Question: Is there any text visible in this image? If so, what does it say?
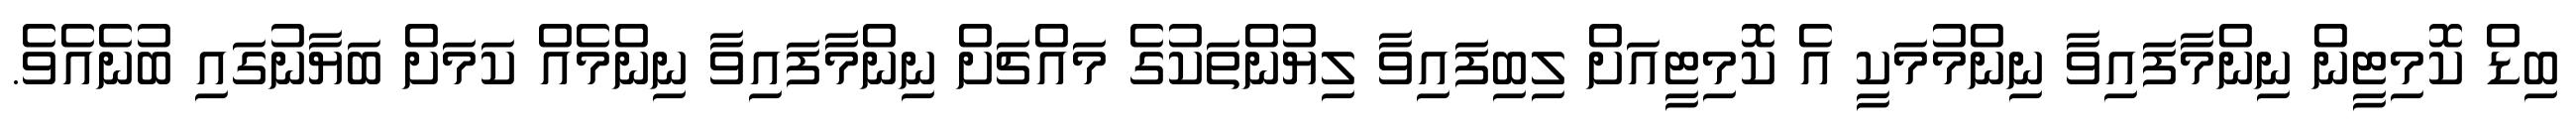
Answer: ބިޑް ކޮމިޓީން ނިންމާފައިވާ ނިންމުމަކީ އެ ކޮމިޓީއަށް ލިބިފައިވާ ލިޔުންތަކުގެ މައްޗަށް ނިންމާފައިވާ ނިންމެއް ކަމަށް ބަޔާނުގައި ބުނެއެވެ.